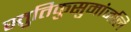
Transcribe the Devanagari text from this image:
स्तुतिकुसुमांजलि